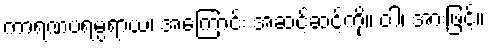
ကာရဏပရမ္ပရာယ၊ အကြောင်း အဆင့်ဆင့်ကို။ ဝါ၊ အားဖြင့်။